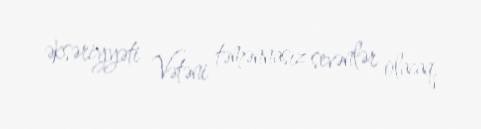
əksəriyyəti Vətəni təmənnasız sevənlər olacaq.